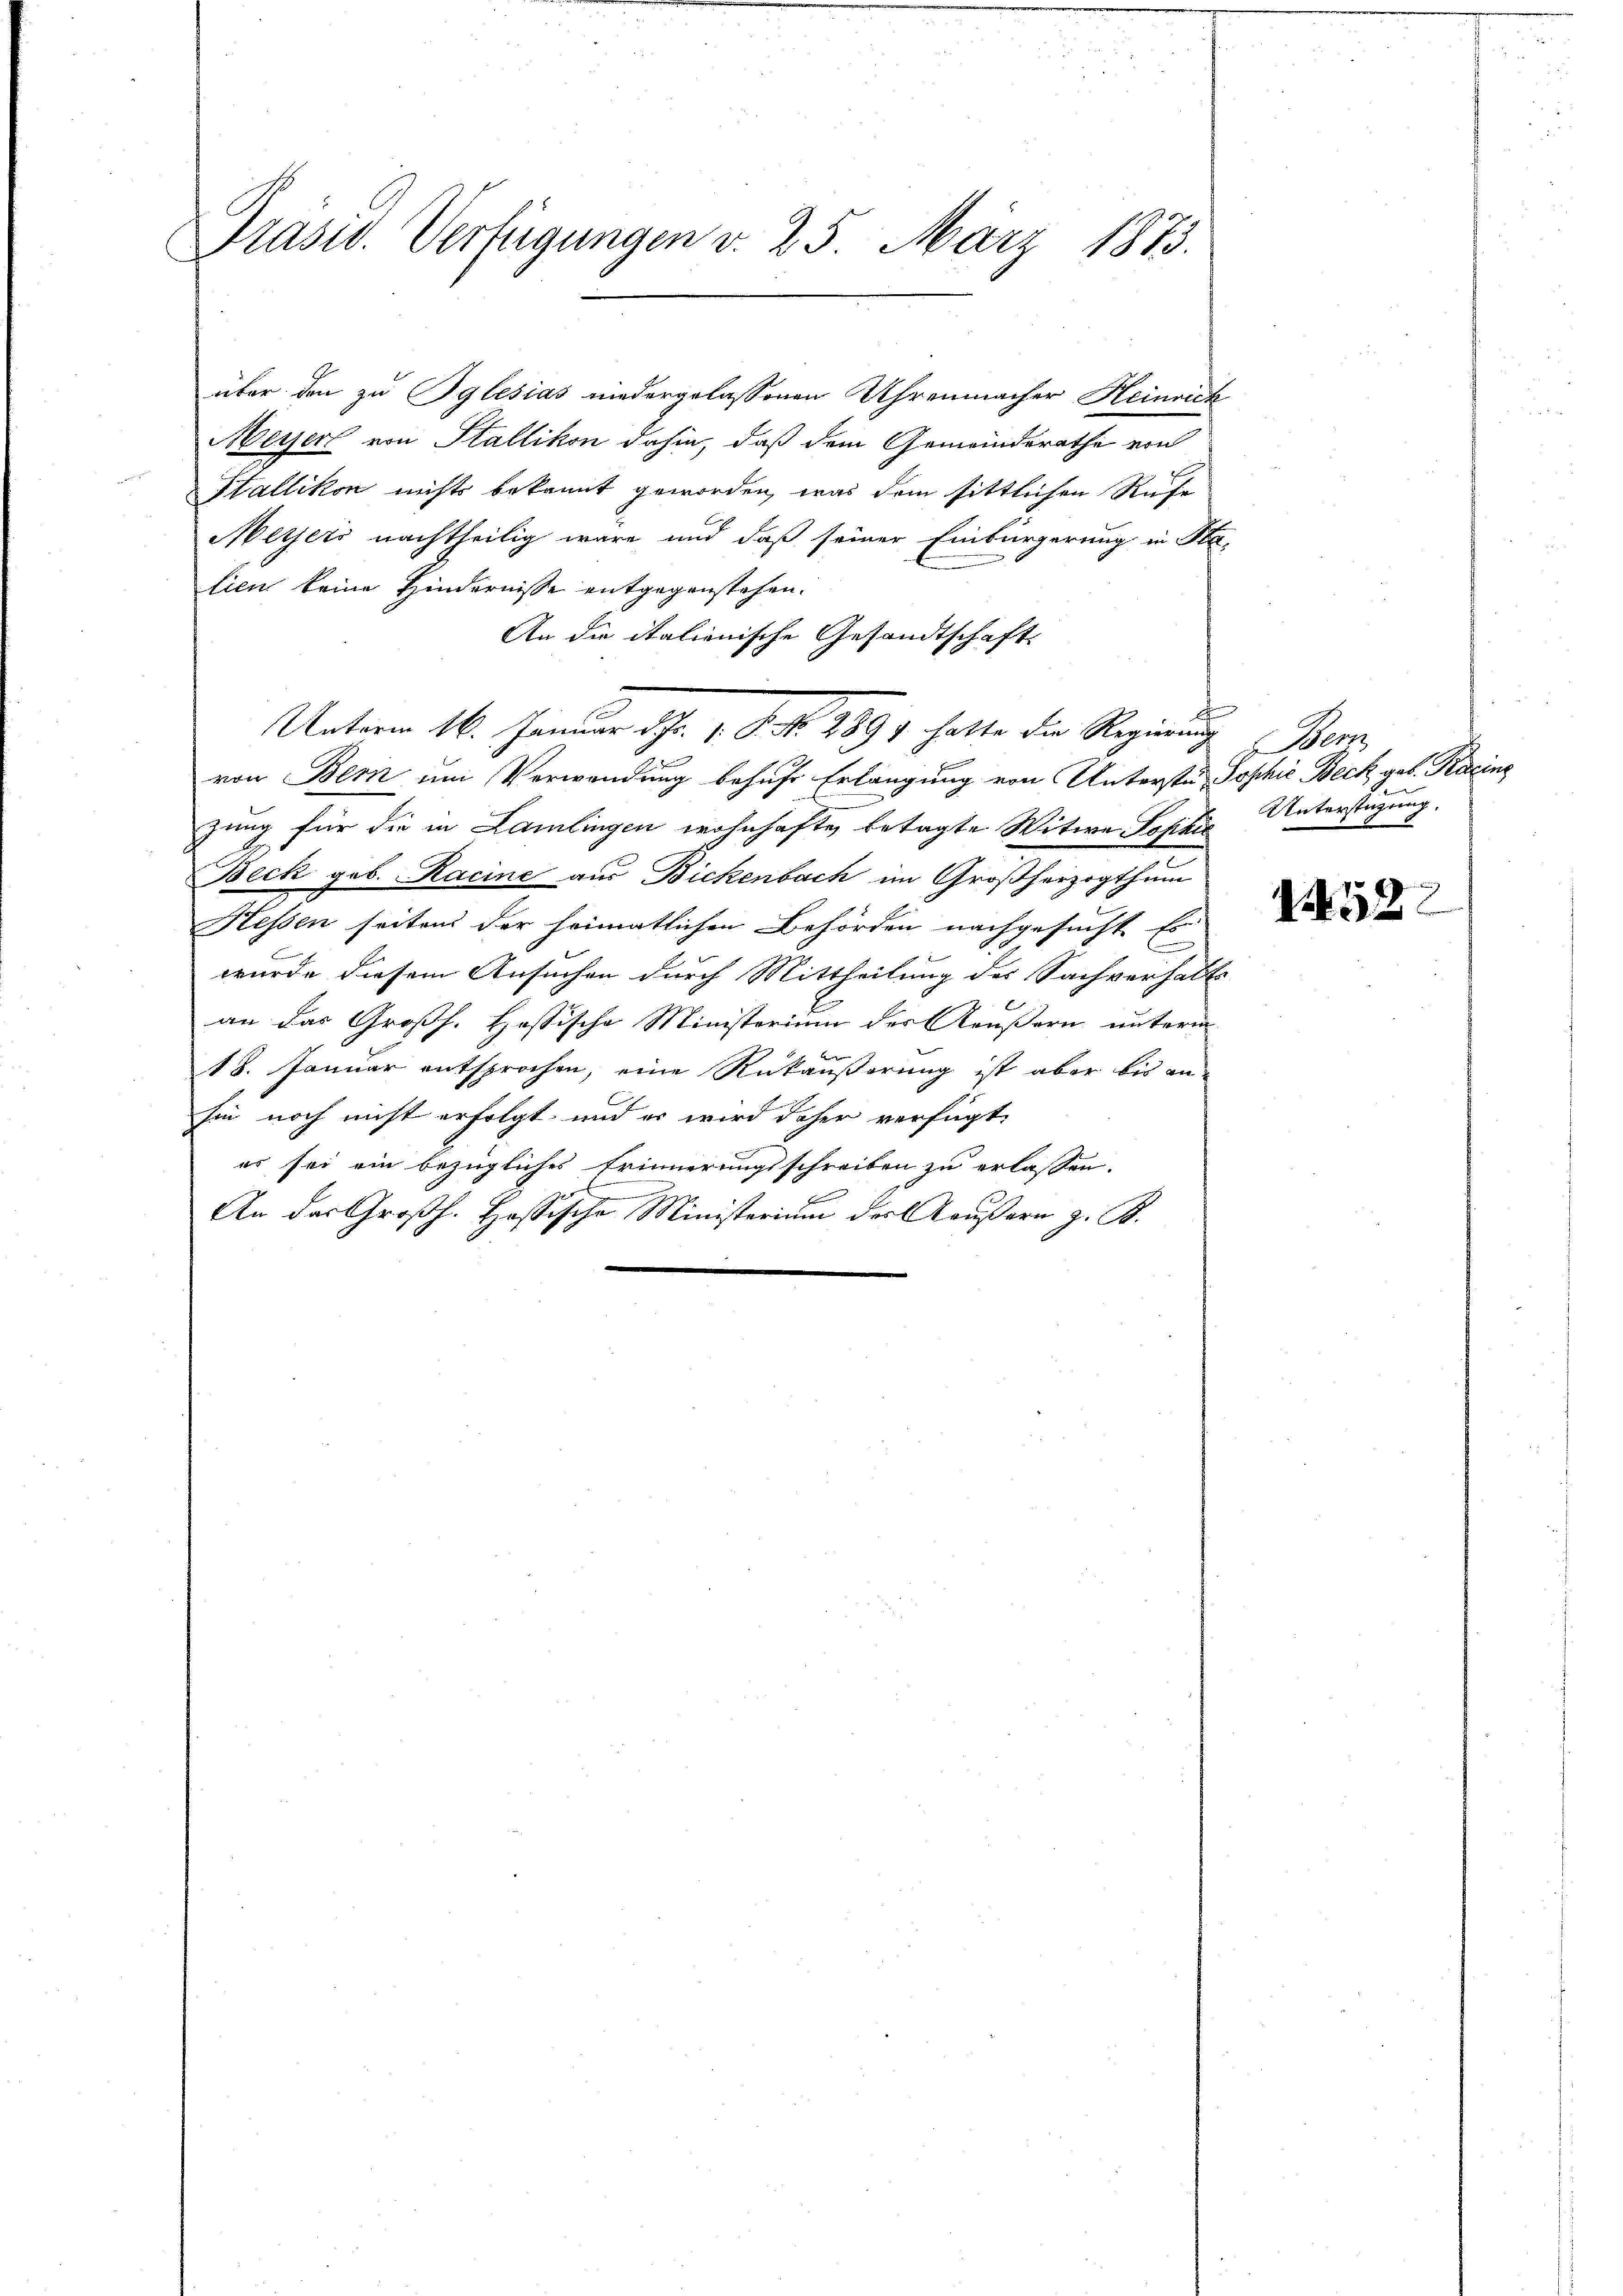
Präsid. Verfügungen v. 25. März 1873.

über den zu Iglesias niedergelassenen Uhrenmacher Heinrick
Meyer von Stallikon dahin, daß dem Gemeinderathe von
Hallikon nichts bekannt geworden, was dem sittlichen Rufe
Meyers nachtheilig wäre und daß seiner Einbürgerung in Sta-
lien keine Hindernisse entgegenstehen.
An die italionische Gesandtschaft
von Bern um Verwendung behufs Erlangung von Unterste Sophie Beck geb. Kracine
zung für die in Lamlingen wohnhafte betagte Witwe Sofikis Unterstüzung.
Beck geb. Racine aus Bickenbach im Großherzogthum
Hessen seitens der heimatlichen Behörden nachgesucht. Es
wurde diesem Ansuchen durch Mittheilung des Sachverhalt
an das Großh. Hassische Ministerium der Aeußern unterm
f
18. Januar entsprochen, eine Rükäußerung ist aber bis anhin noch nicht erfolgt, und er wird daher verfügt:
er sei ein bezügliches Erinnerungsschreiben zu erlassen.
.
An der Großh. Hassische Ministerium der außern z. B.
n

Unterm 16. Januar d. 1. P. f. 2899 hatte die Regierung

n
Wer

1452.